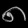
Digit: ၈